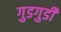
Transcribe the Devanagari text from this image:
गुडगुडी